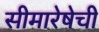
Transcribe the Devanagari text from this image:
सीमारेषेची